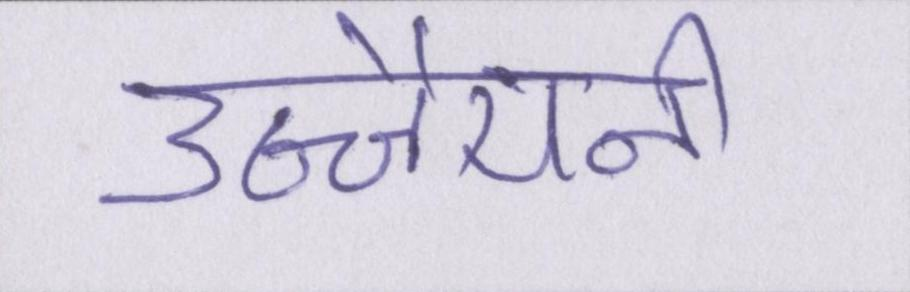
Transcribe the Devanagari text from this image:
उज्जैयनी